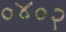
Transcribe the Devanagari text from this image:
०४०२